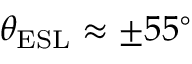
\theta _ { \mathrm { E S L } } \approx \pm 5 5 ^ { \circ }